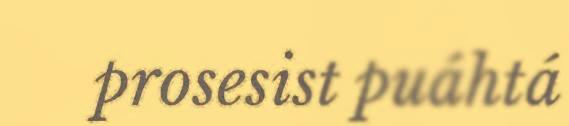
prosesist puáhtá